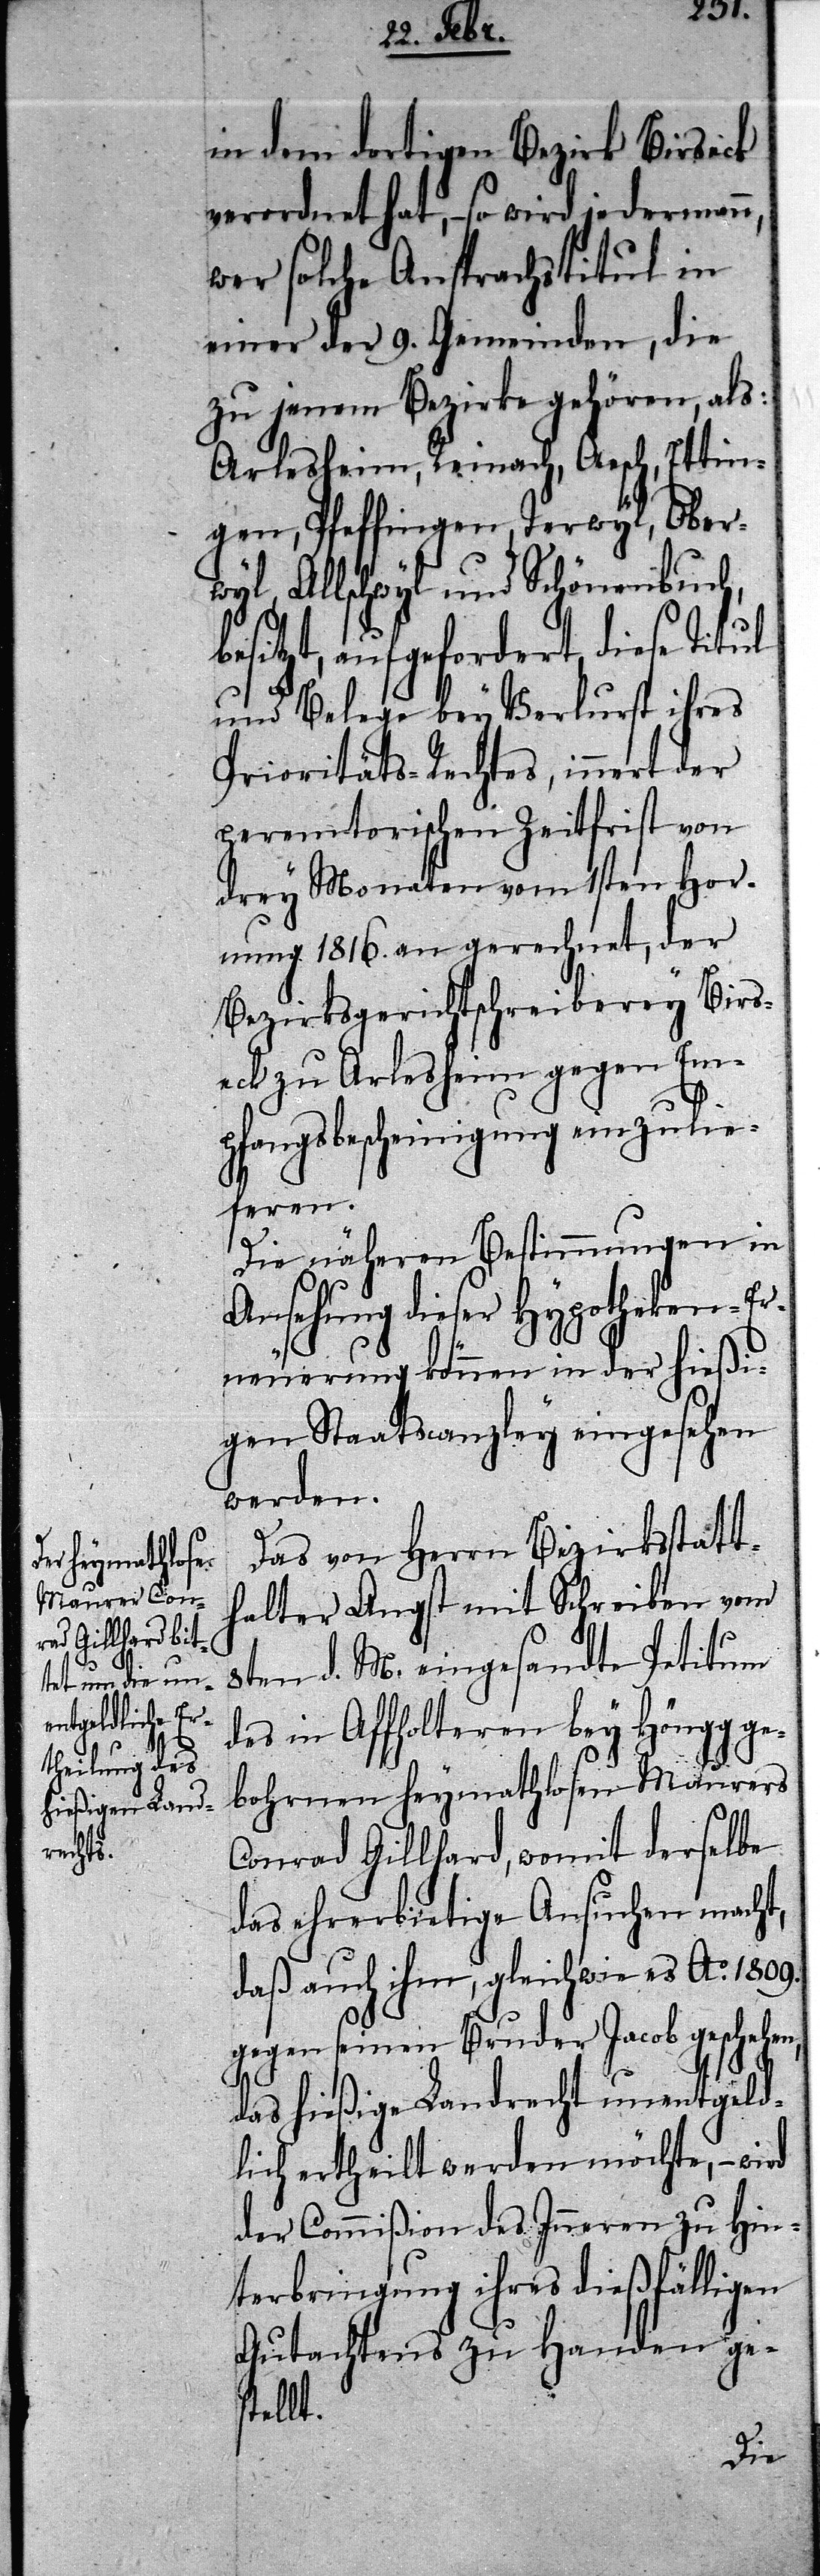
b¬

in dem dortigen Bezirk Birseck
verordnet hat, – so wird jedermann,
wer solche Ansprachstitul in
einer der 9. Gemeinden, die
zu jenem Bezirke gehören, als:
Arlesheim, Reinach, Aesch, Ettin¬
gen, Pfaffingen, Terwyl, Ober¬
wyl, Allschwyl und Schönenbuch,
esitzt, aufgeforderet, diese
und Belege bey Verlurst
Prioritäts-Rechtes, innert der
peremtorischen Zeitfrist von
drey Monaten vom 1sten Hor¬
nung 1816. an gerechnet, der
Bezirksgerichtschreiberey Birs¬
eck zu Arlesheim gegen Em¬
pfangsbescheinigung einzulie¬
feren.
Die näheren Bestimmungen in
Ansuchung dieser Hypotheken-Er¬
neuerung können in der hießi¬
gen Staatscanzley eingesehen
werden.
Das von Herrn Bezirksstatt¬
halter Angst mit Schreiben vom
8ten d. M. eingesandte Petitum
des in Affholteren bey Höngg ge¬
bohrnen heymathlosen Maurers
Conrad Gillhard, womit derselbe
das ehrerbietige Ansuchen macht,
daß auch ihm, gleichwie es Ao. 1809.
gegen seinen Bruder Jacob geschehen,
das hießige Landrecht unentgeld¬
lich erheilt werden möchte, – wird
der Commißion des Inneren zu Hin¬
terbringung ihres dießfälligen
Gutachtens zu Handen ges¬
tellt.